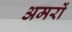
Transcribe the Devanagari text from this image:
अमरों